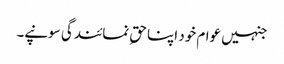
جنہیں عوام خود اپنا حقِ نمائندگی سونپے۔